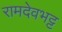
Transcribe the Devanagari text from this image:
रामदेवभट्ट